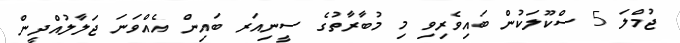
ޖުމްލަ 5 ސްކޫލަކުން ބައިވެރިވި މި މުބާރާތުގެ ސީނިއަރ ބައިން އެއްވަނަ ޖަލާލުއްދީން